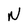
Character: N